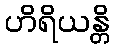
ဟိရိယန္တိ